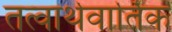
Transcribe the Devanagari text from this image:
तत्वार्थवार्तिक